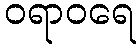
ဝရာဝရေ